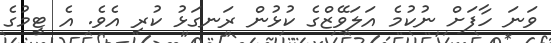
ވަނަ ހާފަށް ނުކުމެ އަލަވޭޒްގެ ކުޅުން ރަނގަޅު ކުރި އެވެ. އެ ޓީމުގެ